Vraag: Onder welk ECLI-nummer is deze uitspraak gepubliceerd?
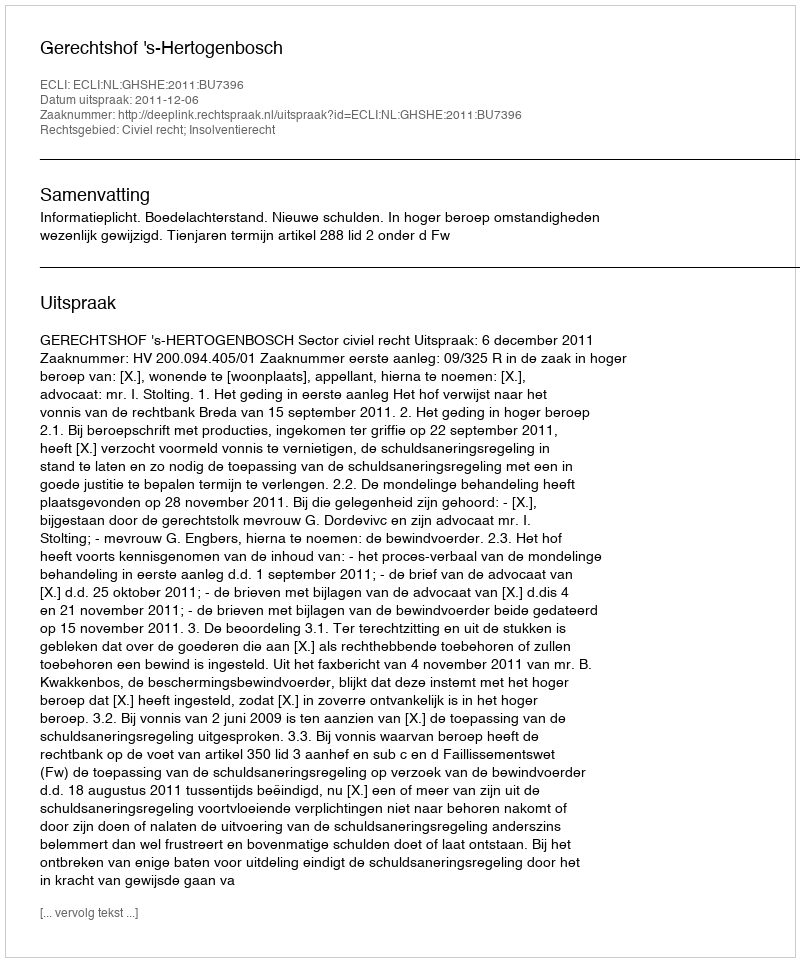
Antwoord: ECLI:NL:GHSHE:2011:BU7396